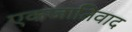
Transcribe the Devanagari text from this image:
एकजातिवाद